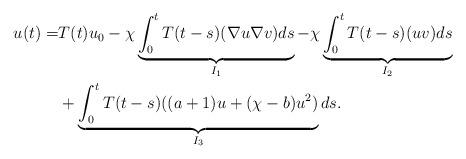
LaTeX: \begin{align*}u(t)=&T(t)u_{0}-\chi\underbrace{\int_{0}^{t}T(t-s)(\nabla u\nabla v)ds}_{I_{1}}-\chi\underbrace{\int_{0}^{t}T(t-s)(uv)ds}_{I_{2}}\\ &+ \underbrace{\int_{0}^{t}T(t-s)((a+1)u+(\chi-b)u^{2})}_{I_{3}}ds.\end{align*}